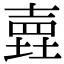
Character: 𡐎